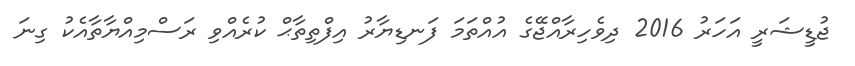
ޖުޑީޝަރީ އަހަރު 2016 ދިވެހިރާއްޖޭގެ އުއްތަމަ ފަނޑިޔާރު އިފްތިތާޙް ކުރެއްވި ރަސްމިއްޔާތާއެކު ގިނަ